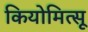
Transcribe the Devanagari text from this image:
कियोमित्सू